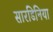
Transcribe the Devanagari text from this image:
सारडिनिया